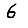
Digit: 6